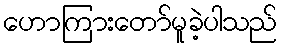
ဟောကြားတော်မူခဲ့ပါသည်